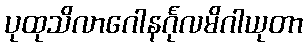
ပုထုသိလာဂေါနင်္ဂုလမိဂါယုတာ